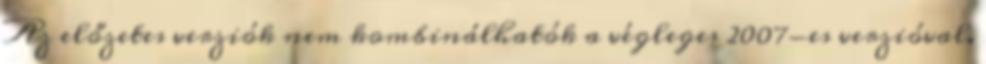
Az előzetes verziók nem kombinálhatók a végleges 2007-es verzióval.